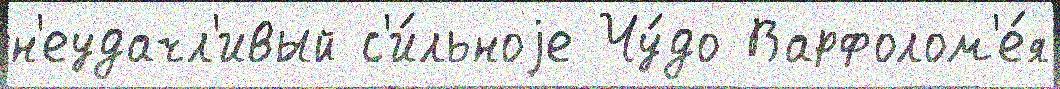
н'еудачл'ивый с'и́льноjе Чу́до Варфолом'е́я